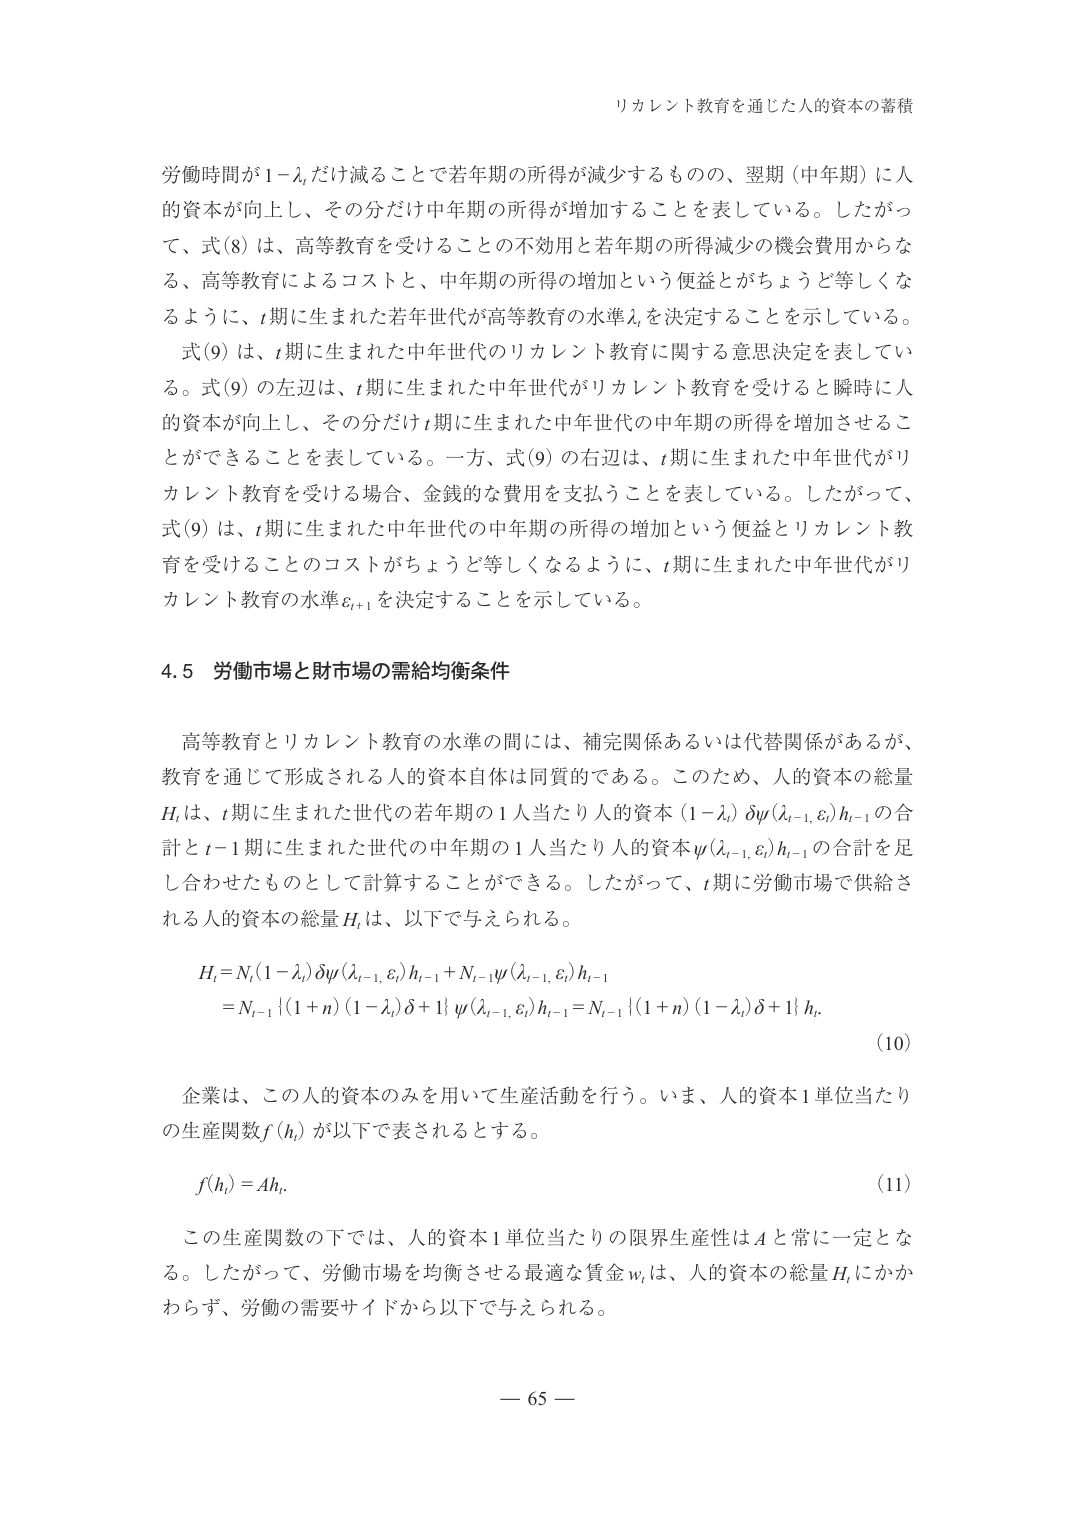
リカレント教育を通じた人的資本の蓄積

労働時間が1−λ_tだけ減ることで若年期の所得が減少するものの、翌期（中年期）に人的資本が向上し、その分だけ中年期の所得が増加することを表している。したがって、式(8)は、高等教育を受けることの不効用と若年期の所得減少の機会費用からなる、高等教育によるコストと、中年期の所得の増加という便益とがちょうど等しくなるように、t期に生まれた若年世代が高等教育の水準λ_tを決定することを示している。

式(9)は、t期に生まれた中年世代のリカレント教育に関する意思決定を表している。式(9)の左辺は、t期に生まれた中年世代がリカレント教育を受けると瞬時に人的資本が向上し、その分だけt期に生まれた中年世代の中年期の所得を増加させることができることを表している。一方、式(9)の右辺は、t期に生まれた中年世代がリカレント教育を受ける場合、金銭的な費用を支払うことを表している。したがって、式(9)は、t期に生まれた中年世代の中年期の所得の増加という便益とリカレント教育を受けることのコストがちょうど等しくなるように、t期に生まれた中年世代がリカレント教育の水準ε_{t+1}を決定することを示している。

4.5 労働市場と財市場の需給均衡条件

高等教育とリカレント教育の水準の間には、補完関係あるいは代替関係があるが、教育を通じて形成される人的資本自体は同質的である。このため、人的資本の総量H_tは、t期に生まれた世代の若年期の1人当たり人的資本(1−λ_t)δψ(λ_{t−1},ε_t)h_{t−1}の合計とt−1期に生まれた世代の中年期の1人当たり人的資本ψ(λ_{t−1},ε_t)h_{t−1}の合計を足し合わせたものとして計算することができる。したがって、t期に労働市場で供給される人的資本の総量H_tは、以下で与えられる。

H_t = N_t(1−λ_t)δψ(λ_{t−1},ε_t)h_{t−1} + N_{t−1}ψ(λ_{t−1},ε_t)h_{t−1}
     = N_{t−1}[(1+n)(1−λ_t)δ+1]ψ(λ_{t−1},ε_t)h_{t−1} = N_{t−1}[(1+n)(1−λ_t)δ+1]h_t

(10)

企業は、この人的資本のみを用いて生産活動を行う。いま、人的資本1単位当たりの生産関数f(h_t)が以下で表されるとする。

f(h_t) = Ah_t

(11)

この生産関数の下では、人的資本1単位当たりの限界生産性はAと常に一定となる。したがって、労働市場を均衡させる最適な賃金w_tは、人的資本の総量H_tにかかわらず、労働の需要サイドから以下で与えられる。

— 65 —